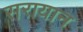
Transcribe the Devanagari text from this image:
सरायान